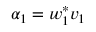
\alpha _ { 1 } = w _ { 1 } ^ { * } v _ { 1 }